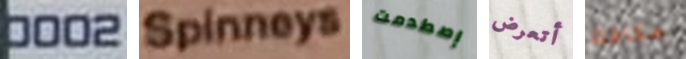
0002 Spinneys إصطدمت أتعرض مكافئة